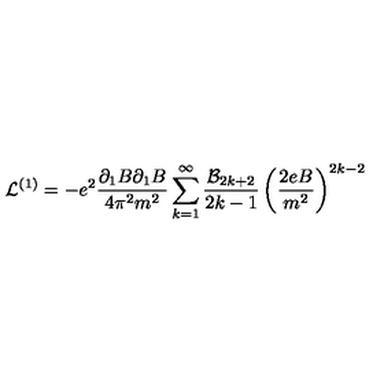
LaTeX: { \cal L } ^ { ( 1 ) } = - e ^ { 2 } \frac { \partial _ { 1 } B \partial _ { 1 } B } { 4 \pi ^ { 2 } m ^ { 2 } } \sum _ { k = 1 } ^ { \infty } \frac { { \cal B } _ { 2 k + 2 } } { 2 k - 1 } \left( \frac { 2 e B } { m ^ { 2 } } \right) ^ { 2 k - 2 }